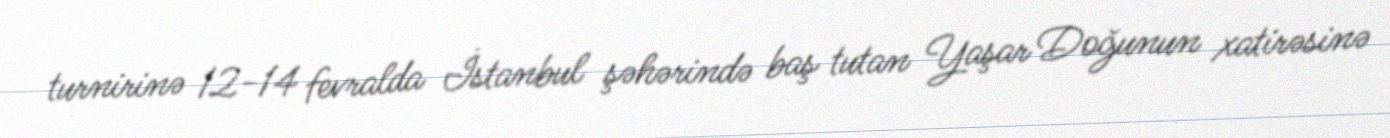
turnirinə 12-14 fevralda İstanbul şəhərində baş tutan Yaşar Doğunun xatirəsinə